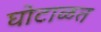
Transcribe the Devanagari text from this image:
घोटाळत